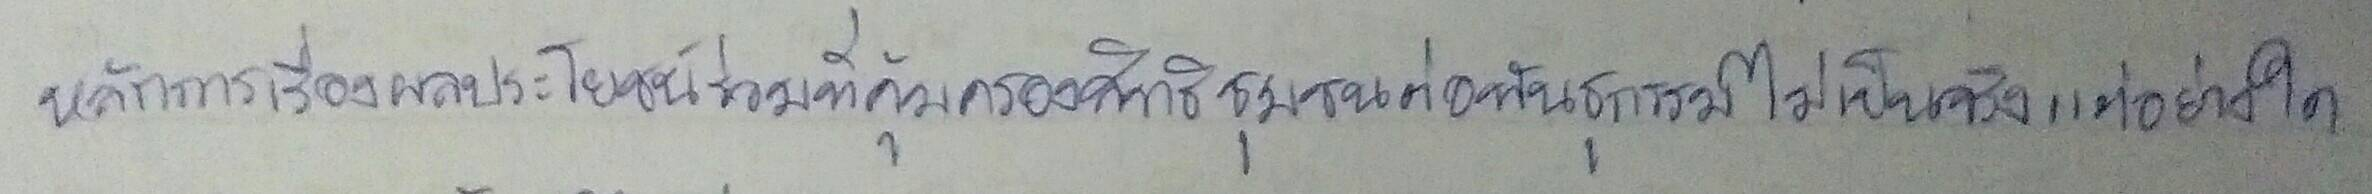
หลักการเรื่องผลประโยชน์ร่วมที่คุ้มครองสิทธิชุมชนต่อพันธุกรรมไม่เป็นจริงแต่อย่างใด